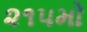
૨૧૫મો